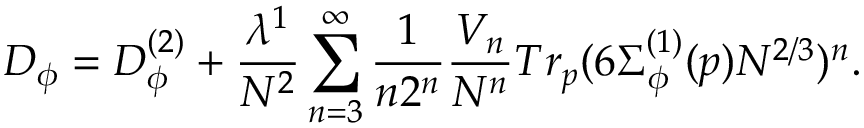
D _ { \phi } = D _ { \phi } ^ { ( 2 ) } + \frac { \lambda ^ { 1 } } { N ^ { 2 } } \sum _ { n = 3 } ^ { \infty } \frac { 1 } { n 2 ^ { n } } \frac { V _ { n } } { N ^ { n } } T r _ { p } ( 6 \Sigma _ { \phi } ^ { ( 1 ) } ( p ) N ^ { 2 / 3 } ) ^ { n } .